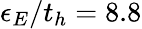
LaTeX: \epsilon_{E}/t_{h}=8.8